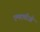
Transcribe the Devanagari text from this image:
एमएवीओ